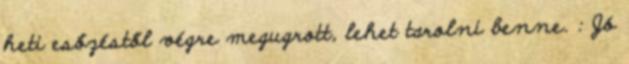
heti esőzéstől végre megugrott, lehet tarolni benne. : Jó